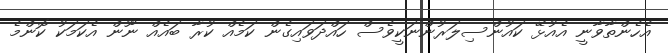
އެހެންތާވާނީ އެއުޅޭ ކައުންސިލަރުންނަކީވެސް ހައްދަވައިގެން ކަމެއް ކުރާ ބައެއް ނޫން އެކަމަކު ކޮންމެ